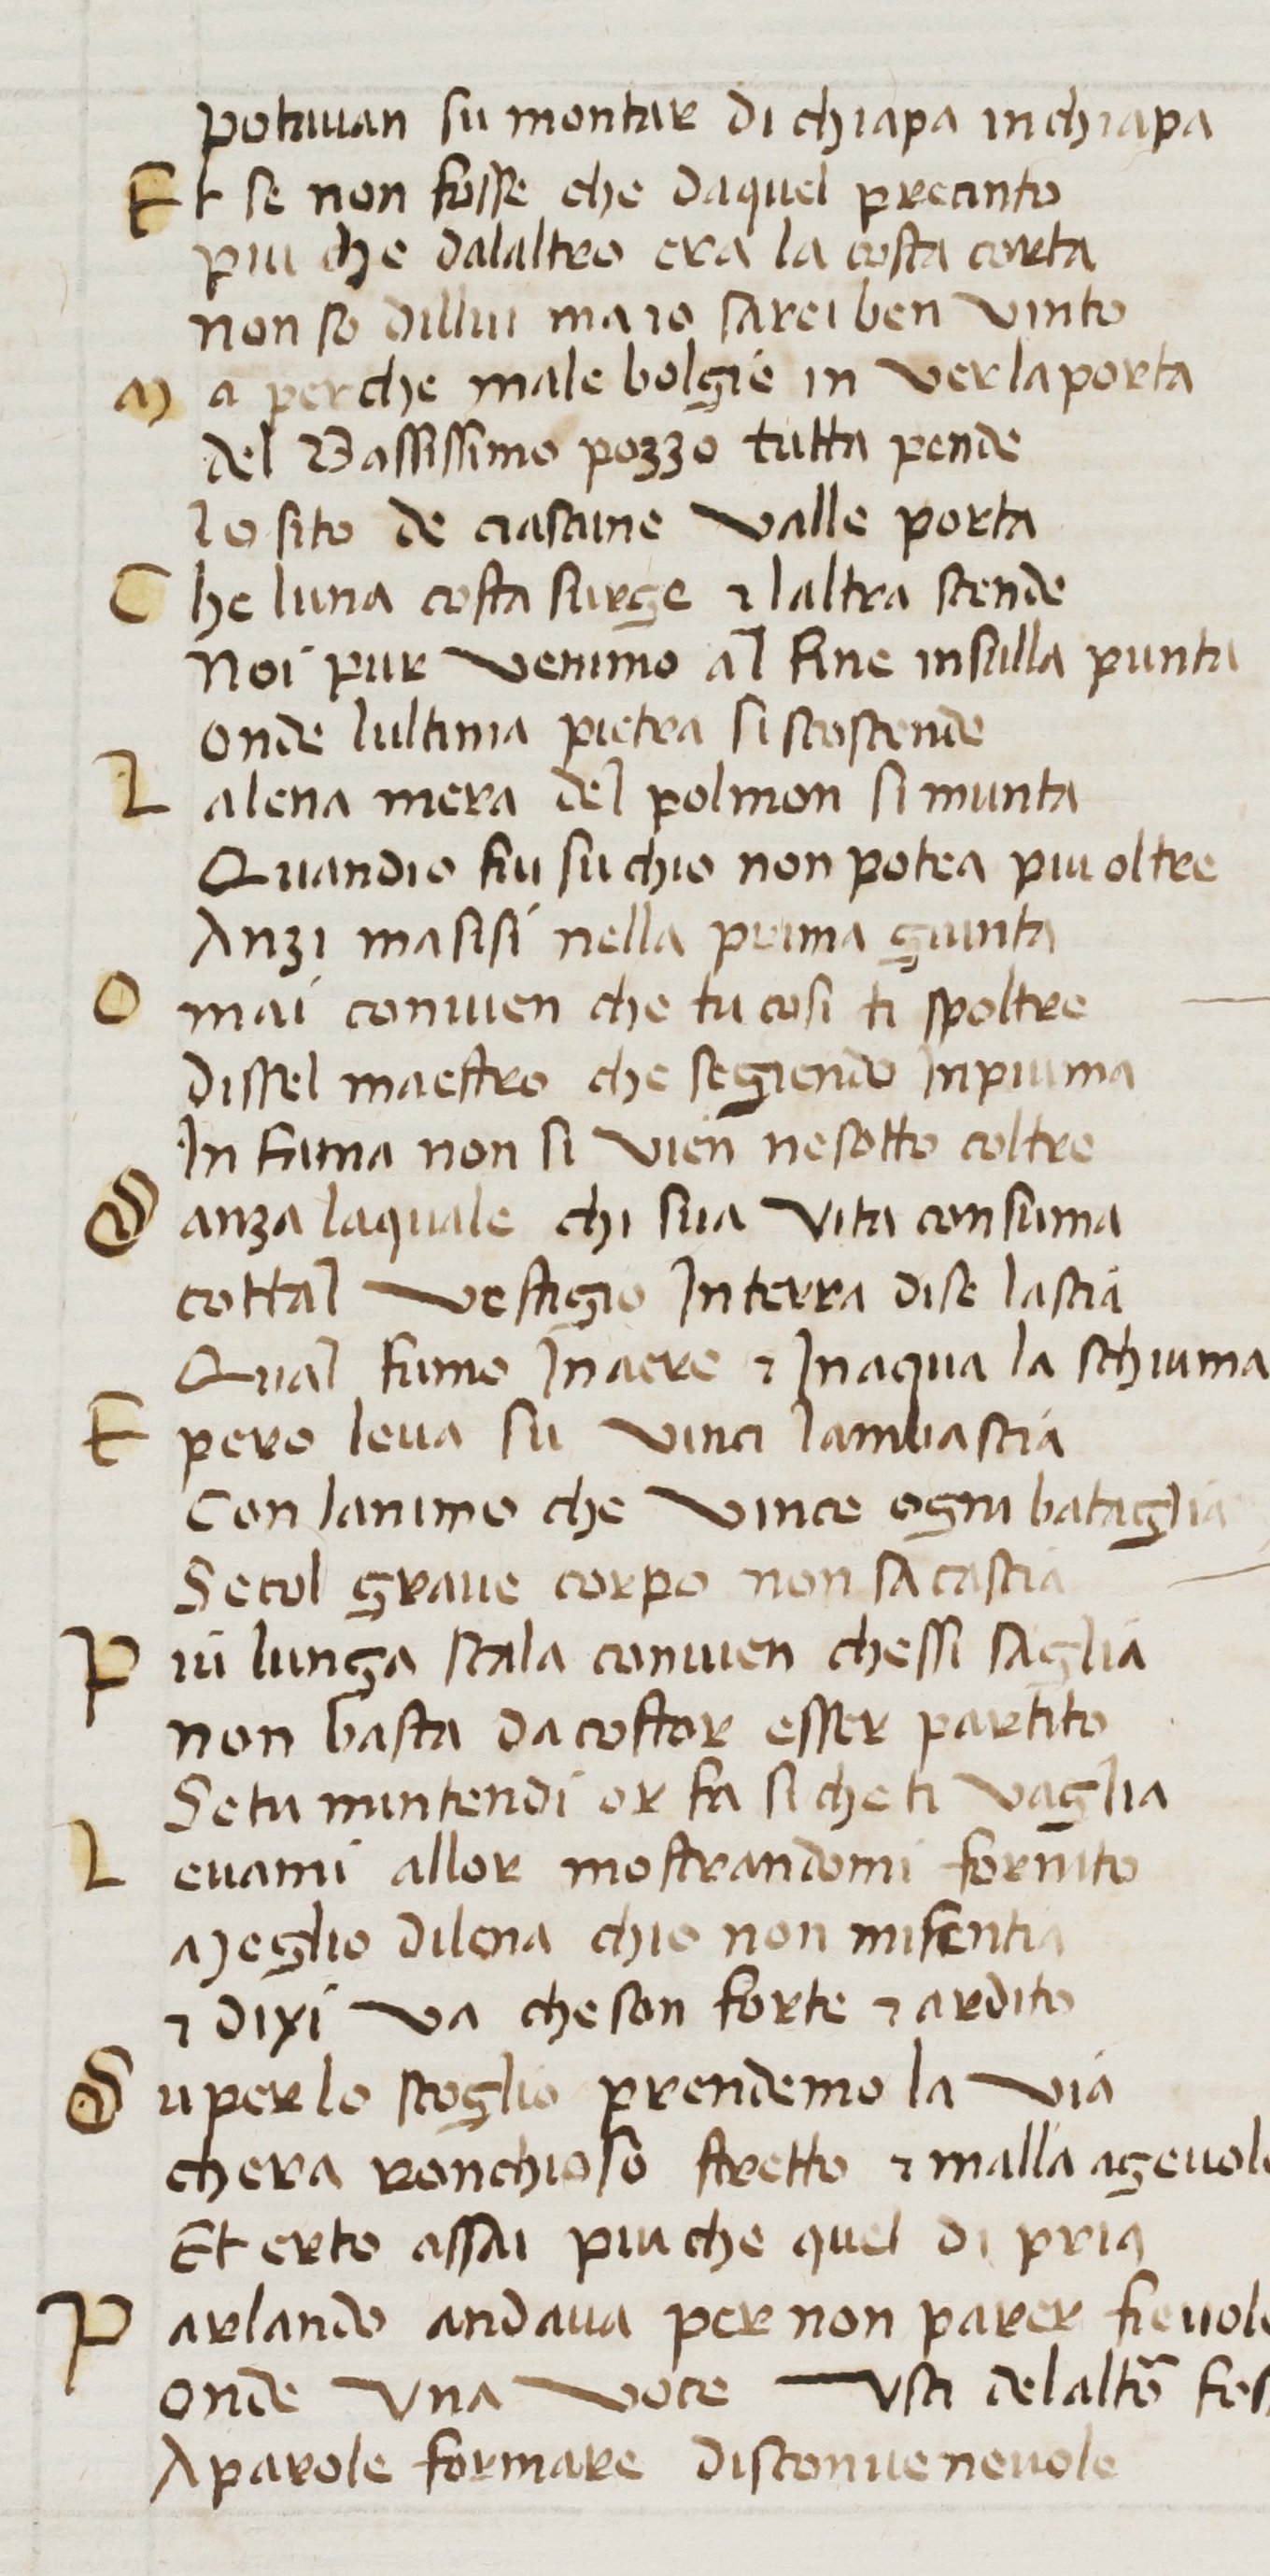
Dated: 1380–1399